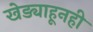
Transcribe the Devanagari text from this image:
खेड्याहूनही